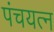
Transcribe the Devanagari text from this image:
पंचयत्‍न